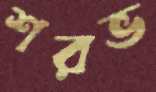
শরভ